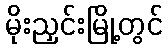
မိုးညှင်းမြို့တွင်